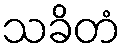
သခိတံ